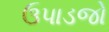
ઉપાડજો